Vaccination in Bombay 1924-1928 - 1924-1928
Year: 1924
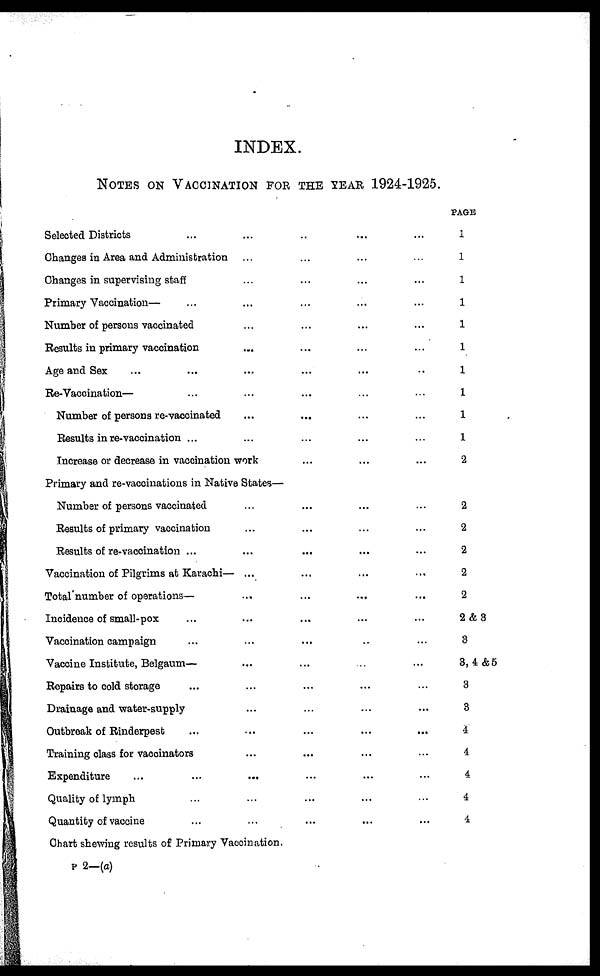
INDEX.
NOTES ON VACCINATION FOR THE YEAR 1924-1925.
PAGE
Selected Districts ... ... ... ... ...
Changes in Area and Administration ... ... ... ...
Changes in supervising staff ... ... ... ...
Primary Vaccination— ... ... ... ... ...
Number of persons vaccinated ... ... ... ...
Results in primary vaccination ... ... ... ...
Age and Sex ... ... ... ... ... ...
Re-Vaccination— ... ... ... ... ...
Number of persons re-vaccinated ... ... ... ...
Results in re-vaccination ... ... ... ... ...
Increase or decrease in vaccination work ... ... ... ...
1
1
1
1
1
1
1
1
1
1
2
Primary and re-vaccinations in Native States— ...
Number of persons vaccinated ... ... ... ...
Results of primary vaccination ... ... ... ...
Results of re-vaccination ...
...
... ...
Vaccination of Pilgrims at Karachi— ... ... ...
Total number of operations— ... ... ...
Incidence of small-pox ... ... ... ... ...
Vaccination campaign ... ... ... ... ...
Vaccine Institute, Belgaum—
Repairs to cold storage ... ... ... ... ...
Drainage and water-supply ... ... ... ...
Outbreak of Rinderpest ... ... ... ... ...
Training class for vaccinators ... ... ... ...
Expenditure ... ... ... ... ... ...
Quality of lymph ... ... ... ... ...
Quantity of vaccine ... ... ... ... ...
Chart shewing results of Primary Vaccination.
2
2
2
2
2
2&3
3
3,4 &5
3
3
4
4
4
4
4
P 2—(a)